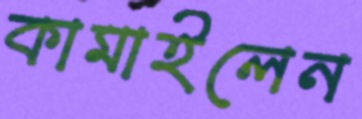
কামাইলেন